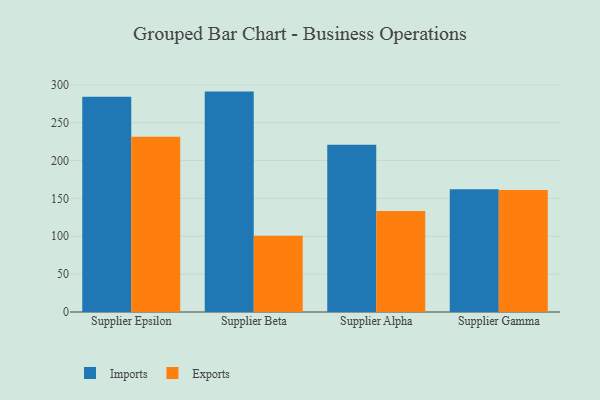
{"axis": {"x": "Supplier", "y": "Waste Production (Tons)"}, "legend": ["Exports", "Imports"], "data": [{"x": "Supplier Epsilon", "y": 284.3, "type": "Imports"}, {"x": "Supplier Epsilon", "y": 231.4, "type": "Exports"}, {"x": "Supplier Beta", "y": 291.1, "type": "Imports"}, {"x": "Supplier Beta", "y": 100.8, "type": "Exports"}, {"x": "Supplier Alpha", "y": 220.8, "type": "Imports"}, {"x": "Supplier Alpha", "y": 133.5, "type": "Exports"}, {"x": "Supplier Gamma", "y": 162.2, "type": "Imports"}, {"x": "Supplier Gamma", "y": 161.3, "type": "Exports"}]}